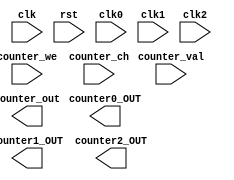
`timescale 1ns / 1ps

// nexys3MIPSSoC is a MIPS implementation originated from COAD projects
// Copyright (C) 2014  @Wenri, @dtopn, @Speed
//
// This program is free software: you can redistribute it and/or modify
// it under the terms of the GNU General Public License as published by
// the Free Software Foundation, either version 3 of the License, or
// (at your option) any later version.
//
// This program is distributed in the hope that it will be useful,
// but WITHOUT ANY WARRANTY; without even the implied warranty of
// MERCHANTABILITY or FITNESS FOR A PARTICULAR PURPOSE.  See the
// GNU General Public License for more details.
//
// You should have received a copy of the GNU General Public License
// along with this program.  If not, see <http://www.gnu.org/licenses/>.

module Counter_x(input clk,
					input rst,
					input clk0,
					input clk1,
					input clk2,
					input counter_we,
					input [31:0] counter_val,
					input [1:0] counter_ch,

					output counter0_OUT,
					output counter1_OUT,
					output counter2_OUT,
					output [31:0] counter_out

					);

endmodule